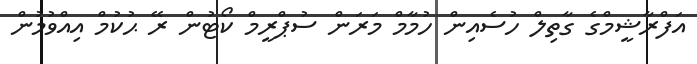
އަފްރާޝީމްގެ ގާތިލް ހުސެއިން ހުމާމް މަރަން ސުޕްރީމް ކޯޓުން ރޭ ޙުކުމް އިއްވުމުން